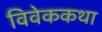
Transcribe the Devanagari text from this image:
विवेककथा